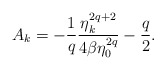
\begin{align*}A_k = - \frac{1}{q} \frac{\eta_k^{2q+2}}{4 \beta \eta_0^{2q}} -\frac{q}{2}.\end{align*}